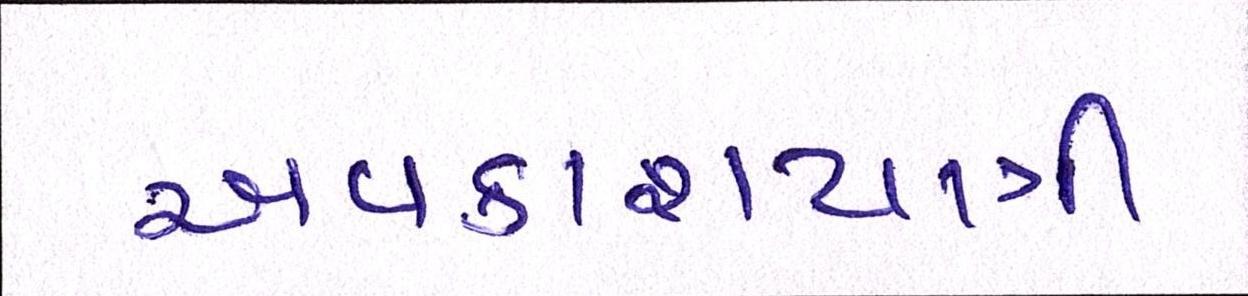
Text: અવકાશયાત્રી